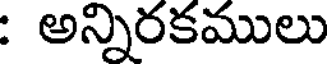
: అన్నిరకములు